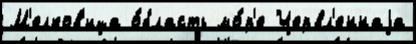
М'елков'ица о́бласть мо́р'е Червл'еннаjа